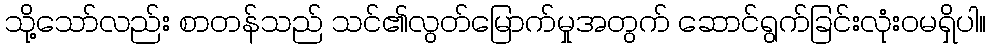
သို့သော်လည်း စာတန်သည် သင်၏လွတ်မြောက်မှုအတွက် ဆောင်ရွက်ခြင်းလုံးဝမရှိပါ။